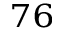
^ { 7 6 }